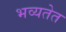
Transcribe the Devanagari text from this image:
भव्यतेत